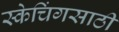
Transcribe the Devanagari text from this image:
स्केचिंगसाठी